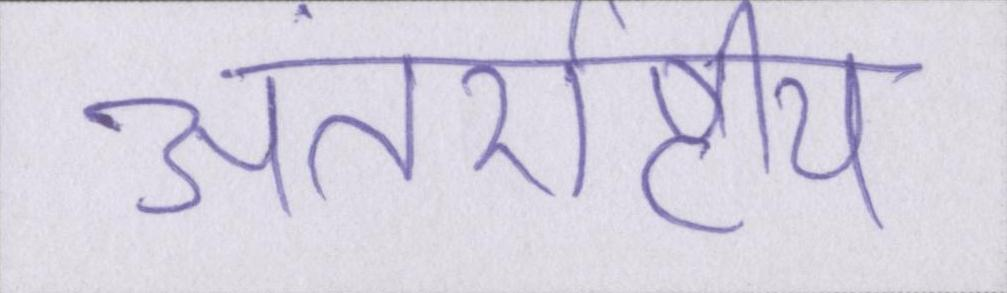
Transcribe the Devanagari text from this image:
अंतर्राष्ट्रीय